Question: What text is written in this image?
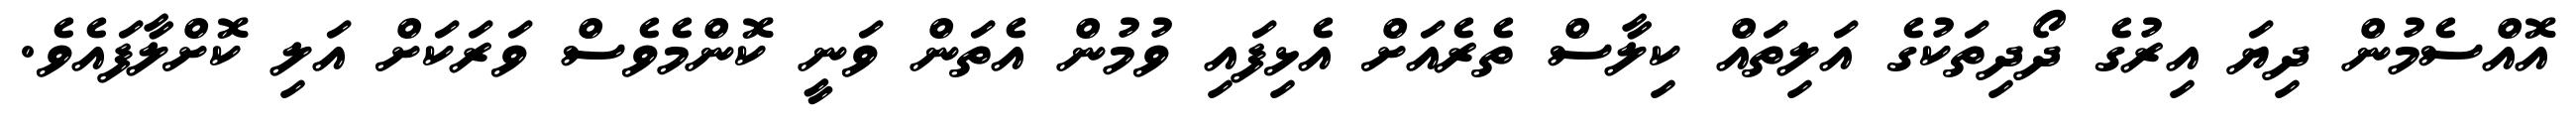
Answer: އޮއްސެމުން ދިޔަ އިރުގެ ދޯދިތަކުގެ އަލިތައް ކިލާސް ތެރެއަށް އެޅިފައި ވުމުން އެތަން ވަނީ ކޮންމެވެސް ވަރަކަށް އަލި ކޮށްލާފައެވެ.